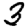
Digit: 3